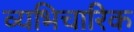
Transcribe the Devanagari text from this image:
व्यभिचारिक